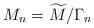
LaTeX: \begin{align*}M_{n}=\widetilde{M}/\Gamma_{n}\end{align*}